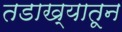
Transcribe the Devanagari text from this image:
तडाख्यातून